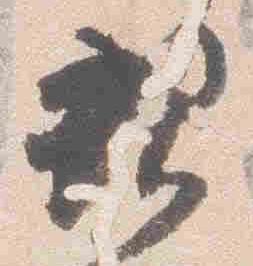
親